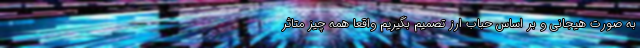
به صورت هیجانی و بر اساس حباب ارز تصمیم بگیریم واقعا همه چیز متاثر